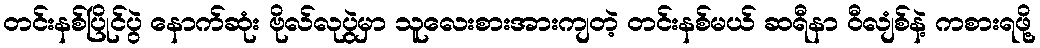
တင်းနစ်ပြိုင်ပွဲ နောက်ဆုံး ဗိုလ်လုပွဲမှာ သူလေးစားအားကျတဲ့ တင်းနစ်မယ် ဆရီနာ ဝီလျံစ်နဲ့ ကစားရဖို့